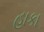
હાકા